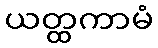
ယတ္ထကာမံ